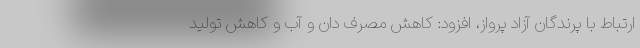
ارتباط با پرندگان آزاد پرواز، افزود: کاهش مصرف دان و آب و کاهش تولید